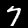
Digit: 7